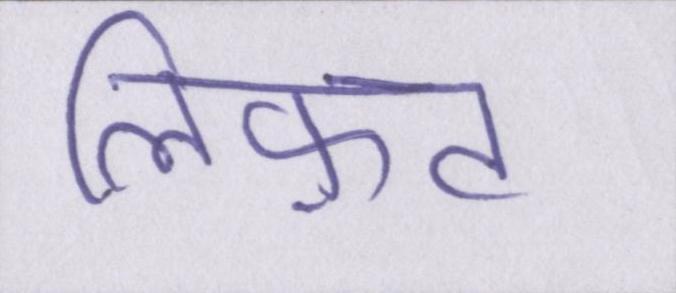
लिफ़्ट